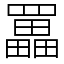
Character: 𦌵